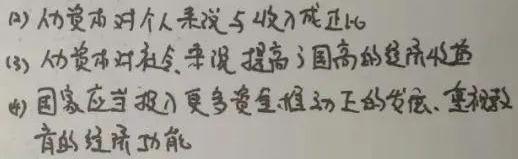
(2) 人力资本对个人来说与收入成正比。
(3) 人力资本对社会来说提高了国家的经济收益。
(4) 国家应当投入更多资金推动它的发展、重视教育的经济功能。